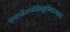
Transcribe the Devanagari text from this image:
श्रृंगारोहावोक्षिभ्रूविकारकृत